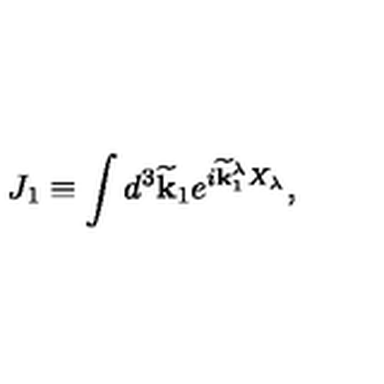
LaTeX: J _ { 1 } \equiv \int d ^ { 3 } \widetilde { \bf k } _ { 1 } e ^ { i \widetilde { \bf k } _ { 1 } ^ { \lambda } X _ { \lambda } } ,